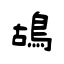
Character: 鴣